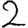
Digit: 2